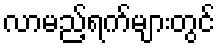
လာမည့်ရက်များတွင်